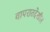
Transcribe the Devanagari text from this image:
वापरातदेखील